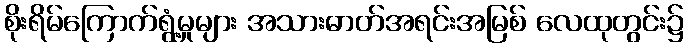
စိုးရိမ်ကြောက်ရွံ့မှုများ အသားဓာတ်အရင်းအမြစ် လေထုတွင်း၌